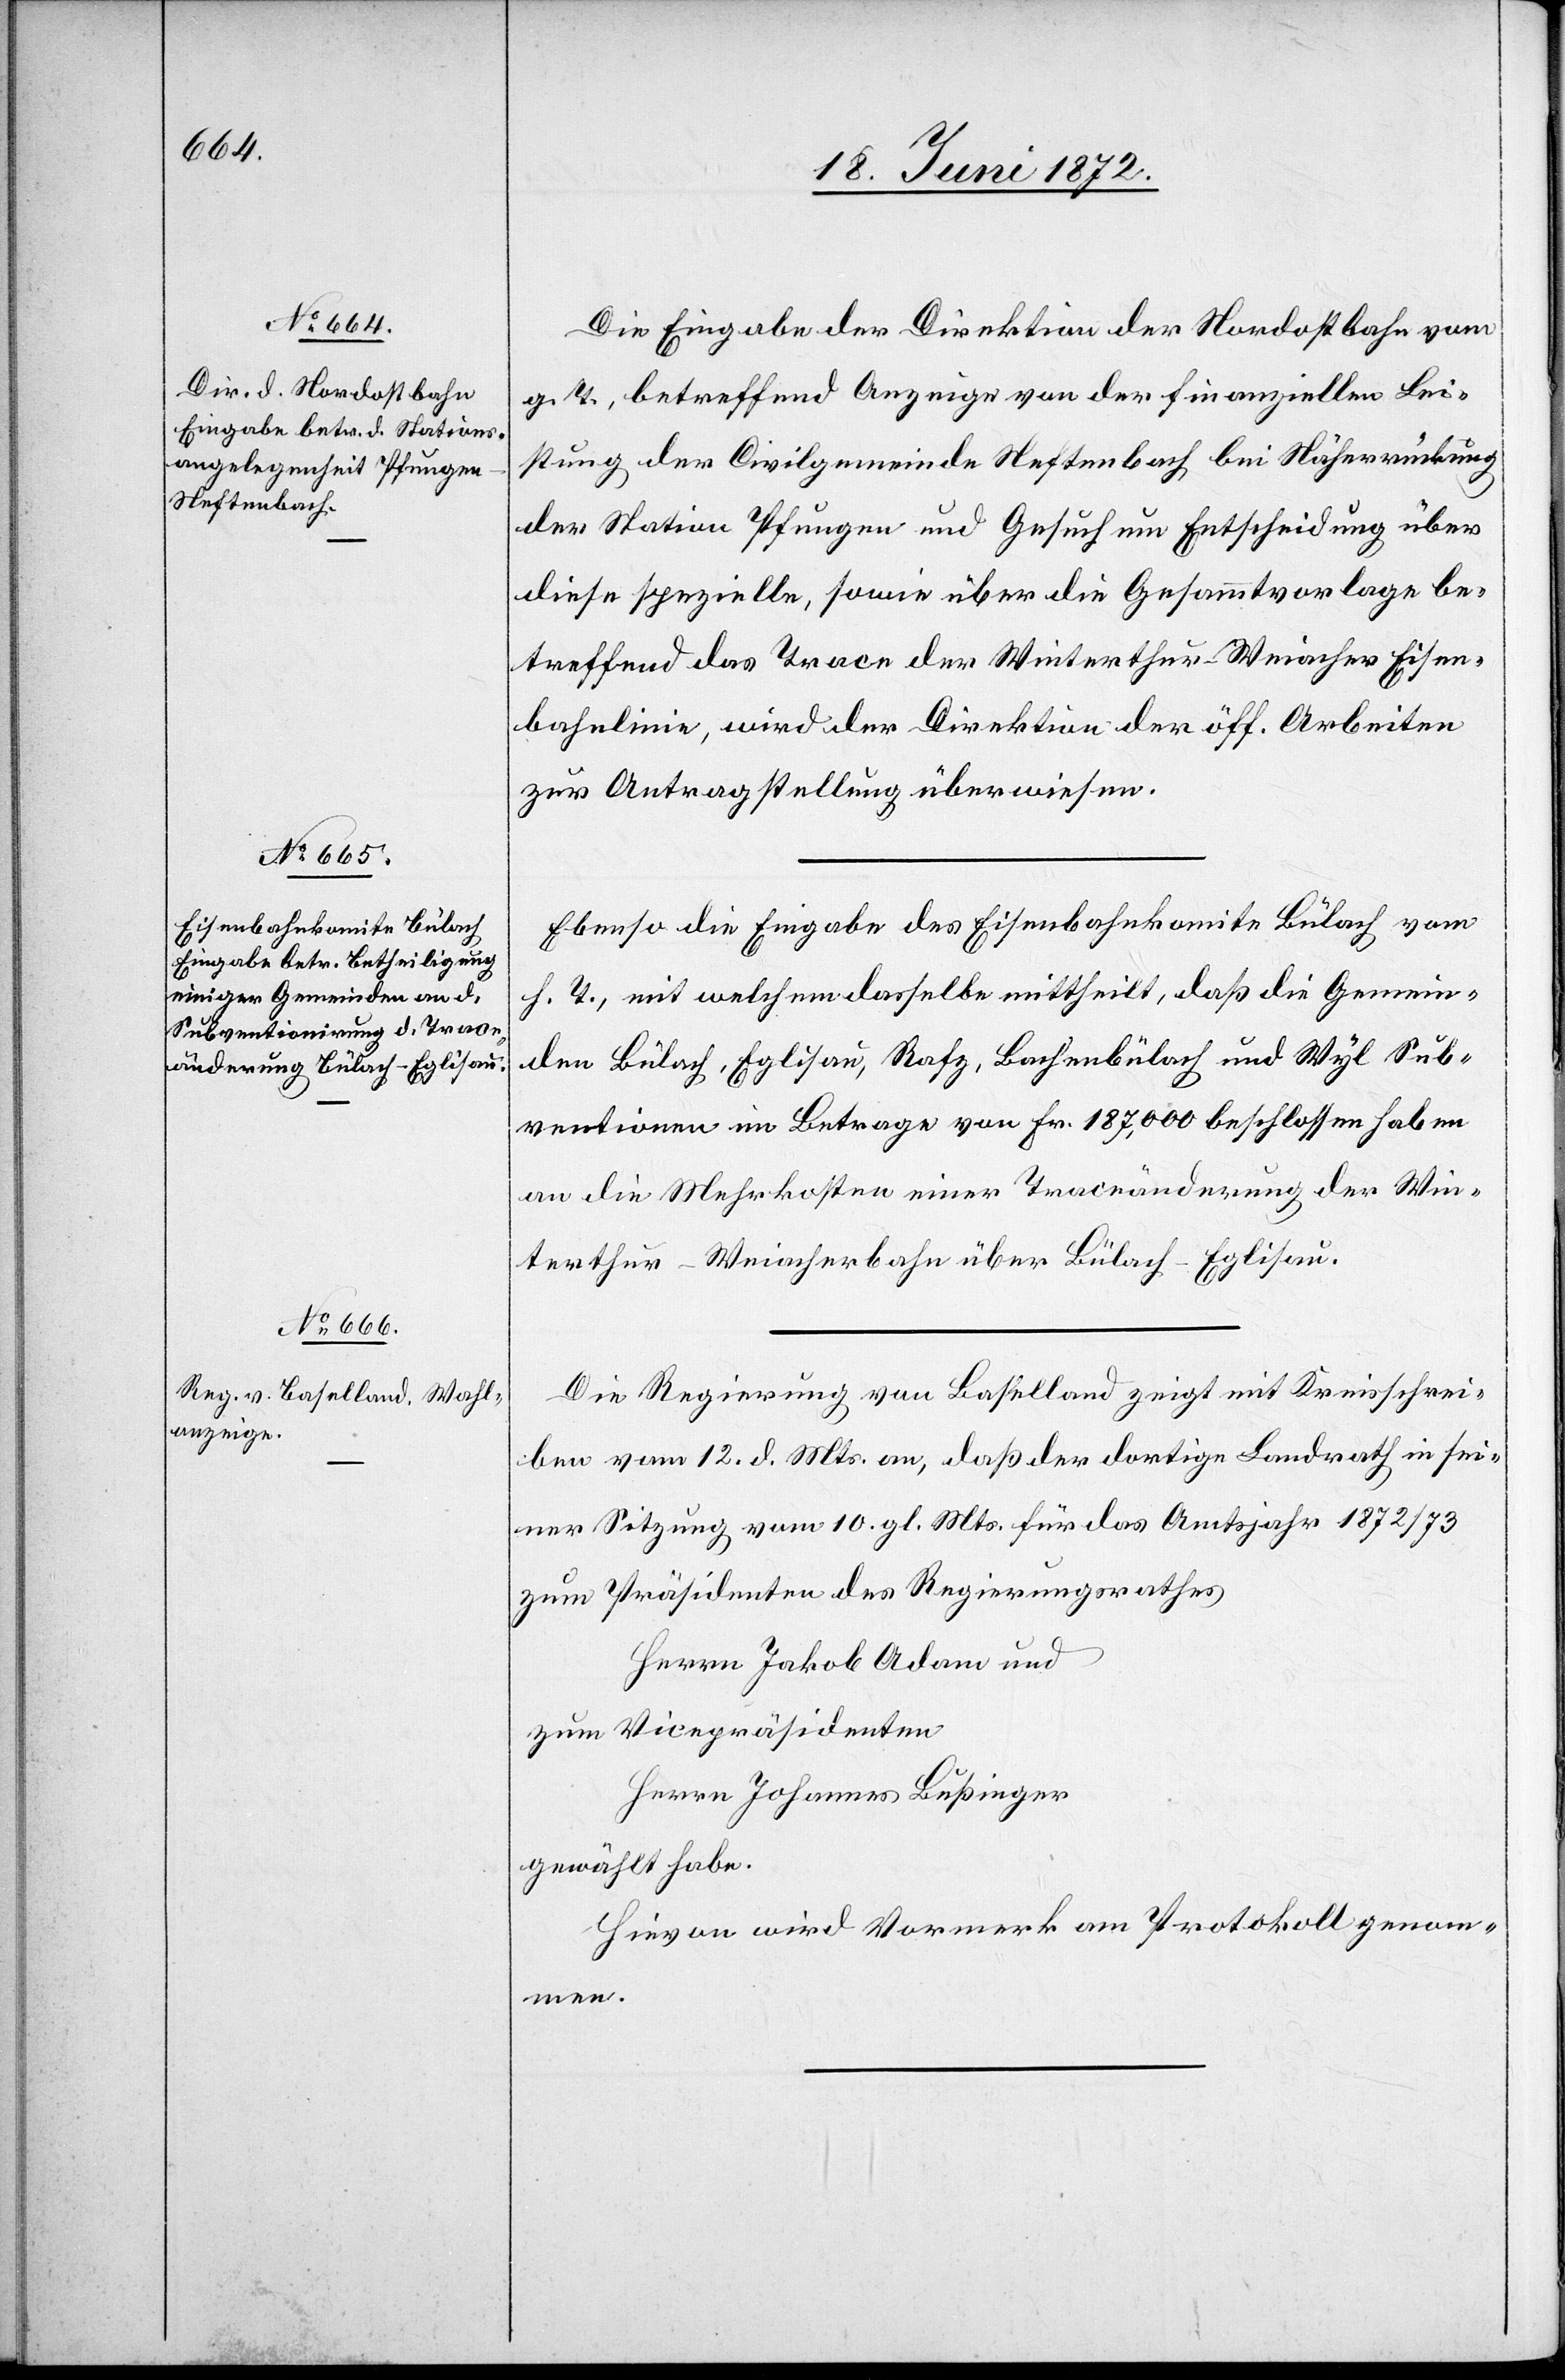
18. Juni 1872.]
Die Eingabe der Direktion der Nordostbahn vom
g. T., betreffend Anzeige von der finanziellen Lei¬
stung der Civilgemeinde Neftenbach bei Näherrückung
der Station Pfungen und Gesuch um Entscheidung über
diese spezielle, sowie über die Gesammtvorlage be¬
treffend das Trace der Winterthur–Weiacher Eisen¬
bahnlinie, wird der Direktion der öff. Arbeiten
zur Antragstellung überwiesen.
Ebenso die Eingabe des Eisenbahnkomite Bülach vom
h. T., mit welchem dasselbe mittheilt, daß die Gemein¬
den Bülach, Eglisau, Rafz, Bachenbülach und Wyl Sub¬
ventionen im Betrage von Fr. 187,000 beschlossen haben
an die Mehrkosten einer Traceänderung der Win¬
terthur–Weiacherbahn über Bülach–Eglisau.
Die Regierung von Baselland zeigt mit Kreisschrei¬
ben vom 12. d. Mts. an, daß der dortige Landrath in sei¬
ner Sitzung vom 10. gl. Mts. für das Amtsjahr 1872/73
zum Präsidenten des Regierungsrathes
Herrn Jakob Adam und
zum Vicepräsidenten
Herrn Johannes Bußinger
gewählt habe.
Hievon wird Vormerk am Protokoll genom¬
men.